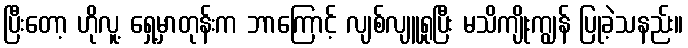
ပြီးတော့ ဟိုလူ့ ရှေ့မှာတုန်းက ဘာကြောင့် လျစ်လျူရှုပြီး မသိကျိုးကျွန် ပြုခဲ့သနည်း။